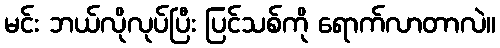
မင်း ဘယ်လိုလုပ်ပြီး ပြင်သစ်ကို ရောက်လာတာလဲ။